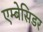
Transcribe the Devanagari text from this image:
एम्बेसिडर